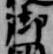
御